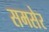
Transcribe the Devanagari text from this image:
समसेर